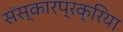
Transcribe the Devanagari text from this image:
संस्कारप्रक्रिया